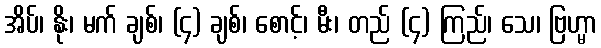
အိပ်၊ နိုး၊ မက် ချစ်၊ (၄) ချစ်၊ စောင့်၊ မီး၊ တည် (၄) ကြည်၊ သေ၊ ဗြဟ္မာ